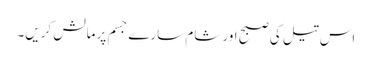
اس تیل کی صبح اور شام سارے جسم پر مالش کریں۔